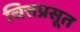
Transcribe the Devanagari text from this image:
चित्तप्रसूत